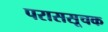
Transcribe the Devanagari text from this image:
पराससूचक